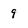
Character: 9